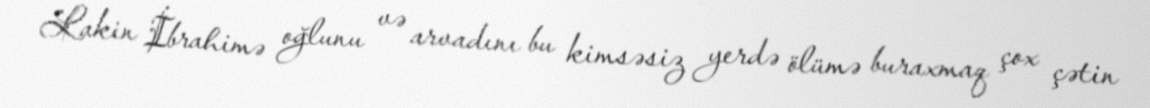
Lakin İbrahimə oğlunu və arvadını bu kimsəsiz yerdə ölümə buraxmaq çox çətin